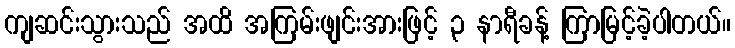
ကျဆင်းသွားသည် အထိ အကြမ်းဖျင်းအားဖြင့် ၃ နာရီခန့် ကြာမြင့်ခဲ့ပါတယ်။